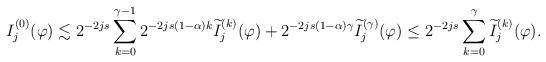
LaTeX: \begin{align*}I^{(0)}_j(\varphi) \lesssim 2^{-2js} \sum_{k=0}^{\gamma-1} 2^{-2js(1-\alpha)k} \widetilde{I}_j^{(k)}(\varphi) + 2^{-2js(1-\alpha)\gamma} \widetilde{I}_j^{(\gamma)}(\varphi)\le 2^{-2js} \sum_{k=0}^{\gamma} \widetilde{I}_j^{(k)}(\varphi).\end{align*}